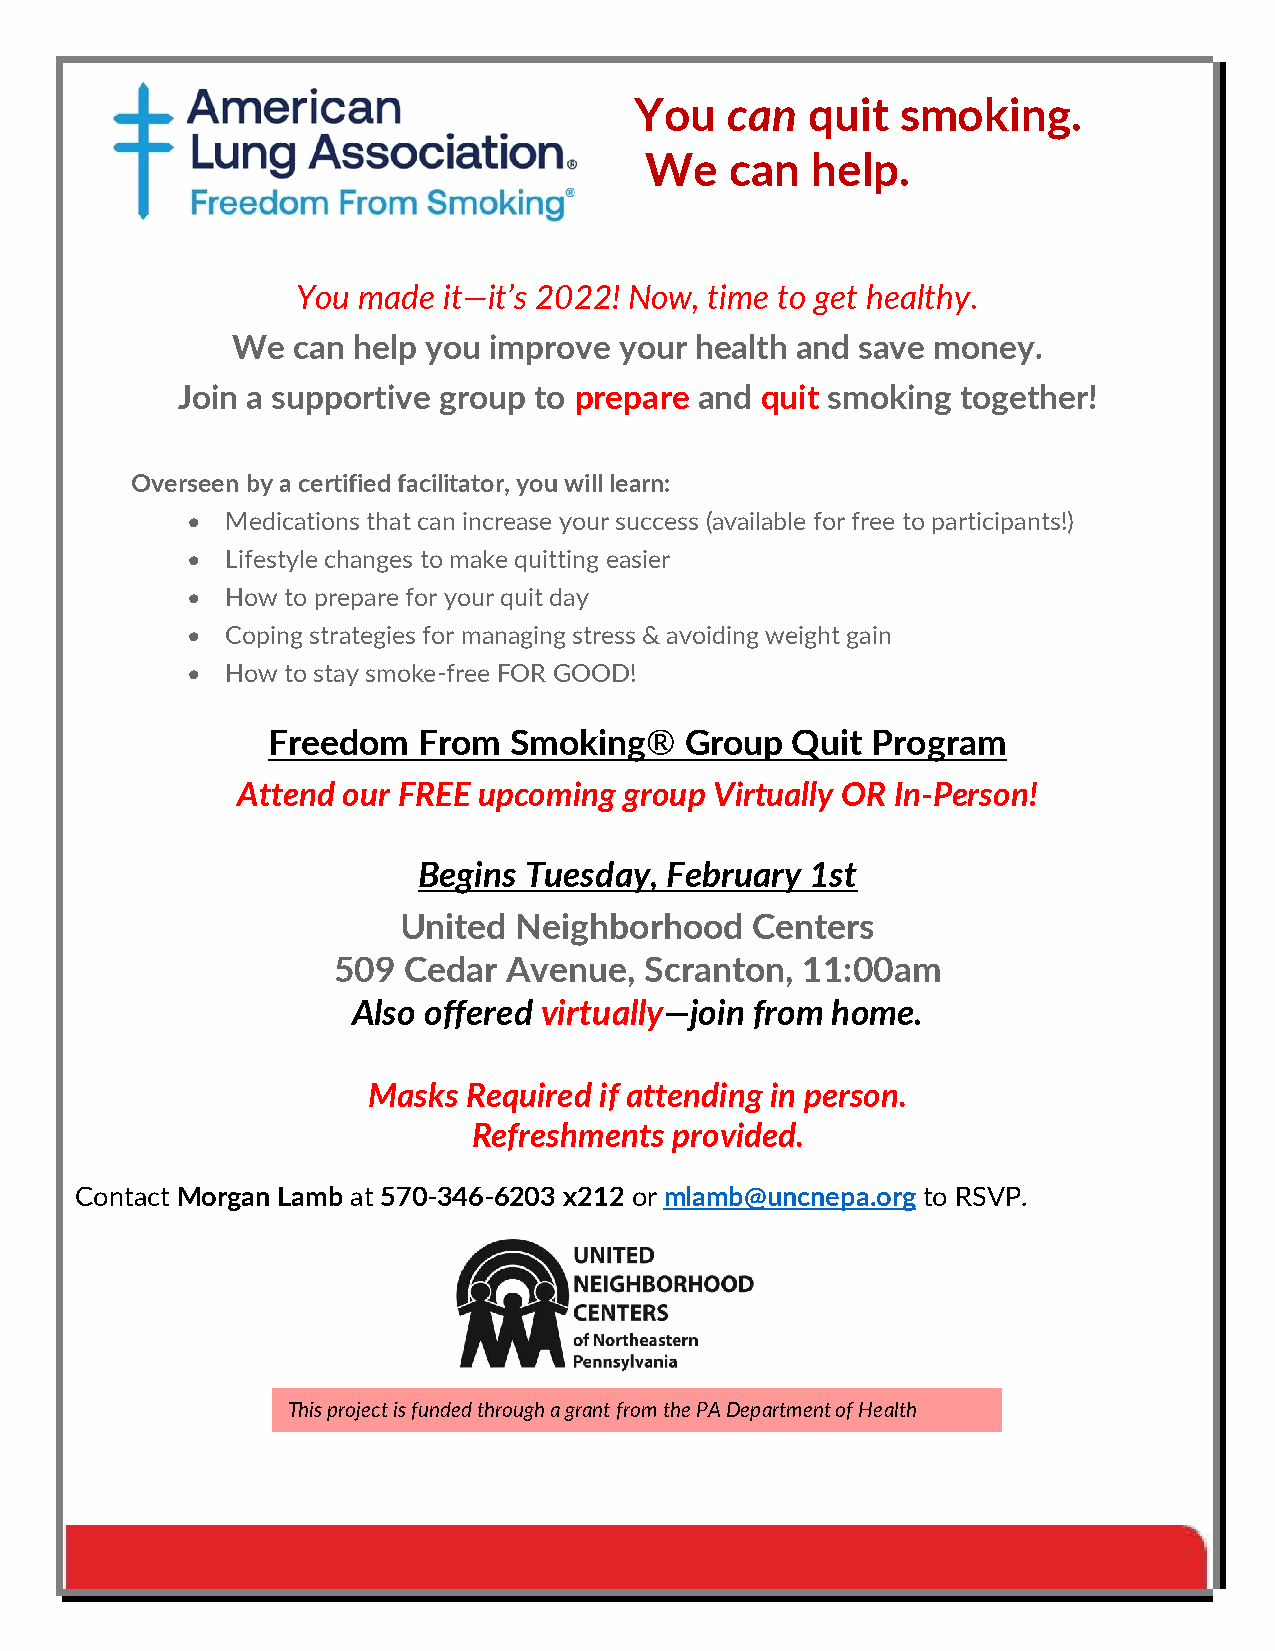
You   can   quit  smoking.
 We   can   help.
 You made it—it’s 2022! Now, time to get healthy.
 We  can help you improve  your health and save money.
 Join a supportive group to prepare and quit smoking together!
 Overseen by a certified facilitator, you will learn:
 •  Medications that can increase your success (available for free to participants!)
 •  Lifestyle changes to make quitting easier
 •  How to prepare for your quit day
 •  Coping strategies for managing stress & avoiding weight gain
 •  How to stay smoke-free FOR GOOD!
 Freedom   From  Smoking®   Group  Quit  Program
 Attend our FREE upcoming group Virtually OR In-Person!
 Begins Tuesday, February  1st
 United  Neighborhood    Centers
 509  Cedar  Avenue,  Scranton, 11:00am
 Also offered virtually—join from home.
 Masks  Required if attending in person.
 Refreshments provided.
 Contact Morgan Lamb at 570-346-6203 x212 or mlamb@uncnepa.org to RSVP.
 This project is funded through a grant from the PA Department of Health